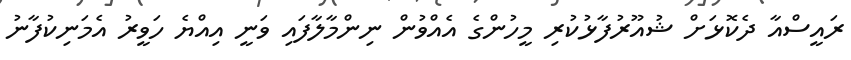
ރައީސްއާ ދެކޮޅަށް ޝުއޫރުފާޅުކުރި މީހުންގެ އެއްވުން ނިންމާލާފައި ވަނީ އިއްޔެ ހަވީރު އެމަނިކުފާނު